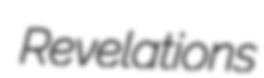
Revelations